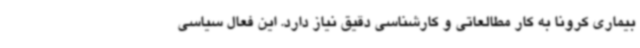
بیماری کرونا به کار مطالعاتی و کارشناسی دقیق نیاز دارد. این فعال سیاسی